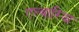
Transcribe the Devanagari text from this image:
एल्बारिया